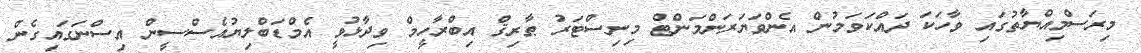
މިރަސްމިއްޔާތުގައި ވާހަކަ ދައްކަވަމުން އެންވަޔަރަންމަންޓް މިނިސްޓަރު ޠާރިޤް އިބްރާހީމް ވިދާޅުވީ އެމްޑަބްލިޔުއެސްސީން އިސްނަގައިގެން